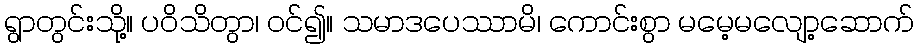
ရွာတွင်းသို့။ ပဝိသိတွာ၊ ဝင်၍။ သမာဒပေဿာမိ၊ ကောင်းစွာ မမေ့မလျော့ဆောက်